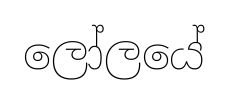
ලෝලයේ